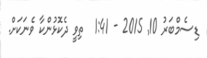
ޑިސެމްބަރު 10